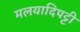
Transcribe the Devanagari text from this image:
मलयादिपट्टी